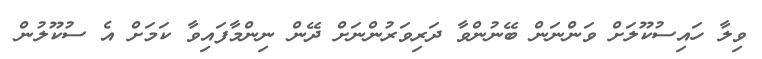
ވިލާ ހައިސުކޫލަށް ވަންނަން ބޭނުންވާ ދަރިވަރުންނަށް ދޭން ނިންމާފައިވާ ކަމަށް އެ ސުކޫލުން